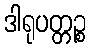
ဒါရုပတ္တဉ္စ